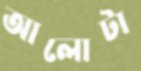
আলোটা